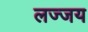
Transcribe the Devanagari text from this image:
लज्जय